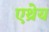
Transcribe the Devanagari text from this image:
एथ्रेय